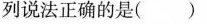
列说法正确的是( )